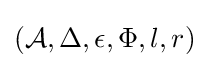
({\mathcal {A}},\Delta ,\epsilon ,\Phi ,l,r)